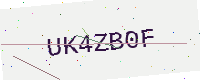
Text: UK4ZB0F